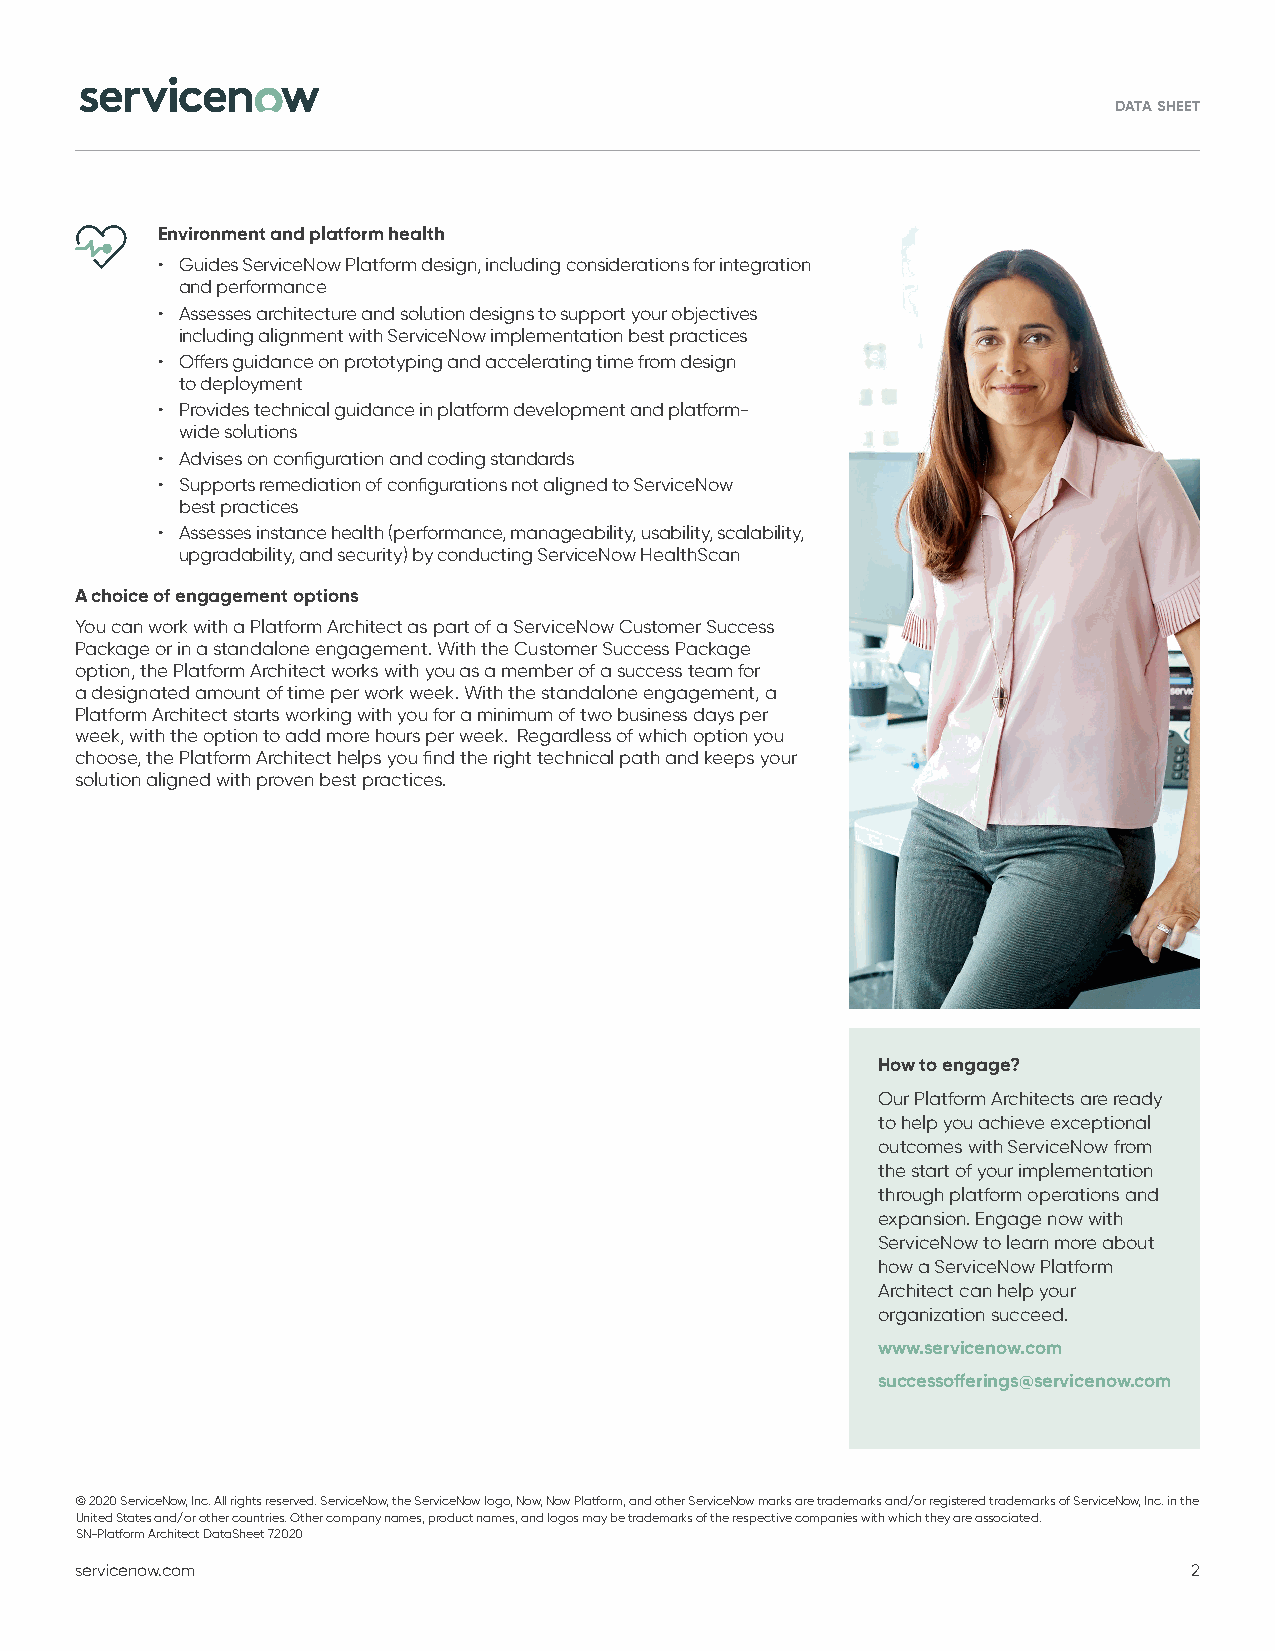
DATA SHEET
 Environment and platform health
 • Guides ServiceNow Platform design, including considerations for integration
 and performance
 • Assesses architecture and solution designs to support your objectives
 including alignment with ServiceNow implementation best practices
 • Offers guidance on prototyping and accelerating time from design
 to deployment
 • Provides technical guidance in platform development and platform-
 wide solutions
 • Advises on configuration and coding standards
 • Supports remediation of configurations not aligned to ServiceNow
 best practices
 • Assesses instance health (performance, manageability, usability, scalability,
 upgradability, and security) by conducting ServiceNow HealthScan
 A choice of engagement options
 You can work with a Platform Architect as part of a ServiceNow Customer Success
 Package or in a standalone engagement. With the Customer Success Package
 option, the Platform Architect works with you as a member of a success team for
 a designated amount of time per work week. With the standalone engagement, a
 Platform Architect starts working with you for a minimum of two business days per
 week, with the option to add more hours per week. Regardless of which option you
 choose, the Platform Architect helps you find the right technical path and keeps your
 solution aligned with proven best practices.
 How to engage?
 Our Platform Architects are ready
 to help you achieve exceptional
 outcomes with ServiceNow from
 the start of your implementation
 through platform operations and
 expansion. Engage now with
 ServiceNow to learn more about
 how a ServiceNow Platform
 Architect can help your
 organization succeed.
 www.servicenow.com
 successofferings@servicenow.com
 © 2020 ServiceNow, Inc. All rights reserved. ServiceNow, the ServiceNow logo, Now, Now Platform, and other ServiceNow marks are trademarks and/or registered trademarks of ServiceNow, Inc. in the
 United States and/or other countries. Other company names, product names, and logos may be trademarks of the respective companies with which they are associated.
 SN-Platform Architect DataSheet 72020
 servicenow.com                                                            2